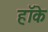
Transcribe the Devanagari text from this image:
हॉके